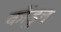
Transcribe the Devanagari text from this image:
कोंडुन